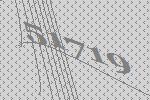
51719